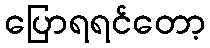
ပြောရရင်တော့